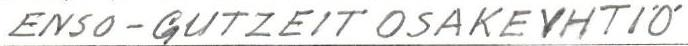
ENSO-GUTZEIT OSAKEYHTIÖ